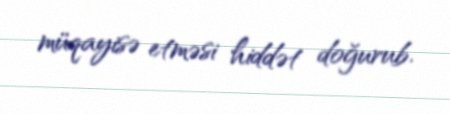
müqayisə etməsi hiddət doğurub.